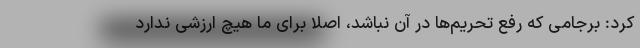
کرد: برجامی که رفع تحریم‌ها در آن نباشد، اصلاً برای ما هیچ ارزشی ندارد